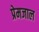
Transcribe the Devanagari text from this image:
प्रेमजाल